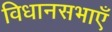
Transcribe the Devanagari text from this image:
विधानसभाएँ